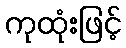
ကုထုံးဖြင့်